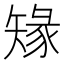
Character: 䂕